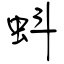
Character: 蚪